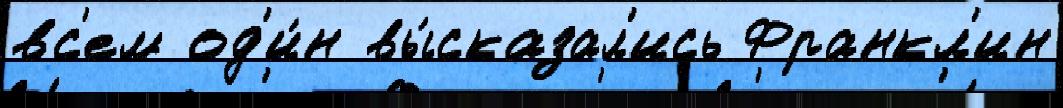
вс'ем од'и́н вы́сказал'ись Франкл'ин